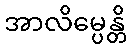
အာလိမ္ပေန္တိ